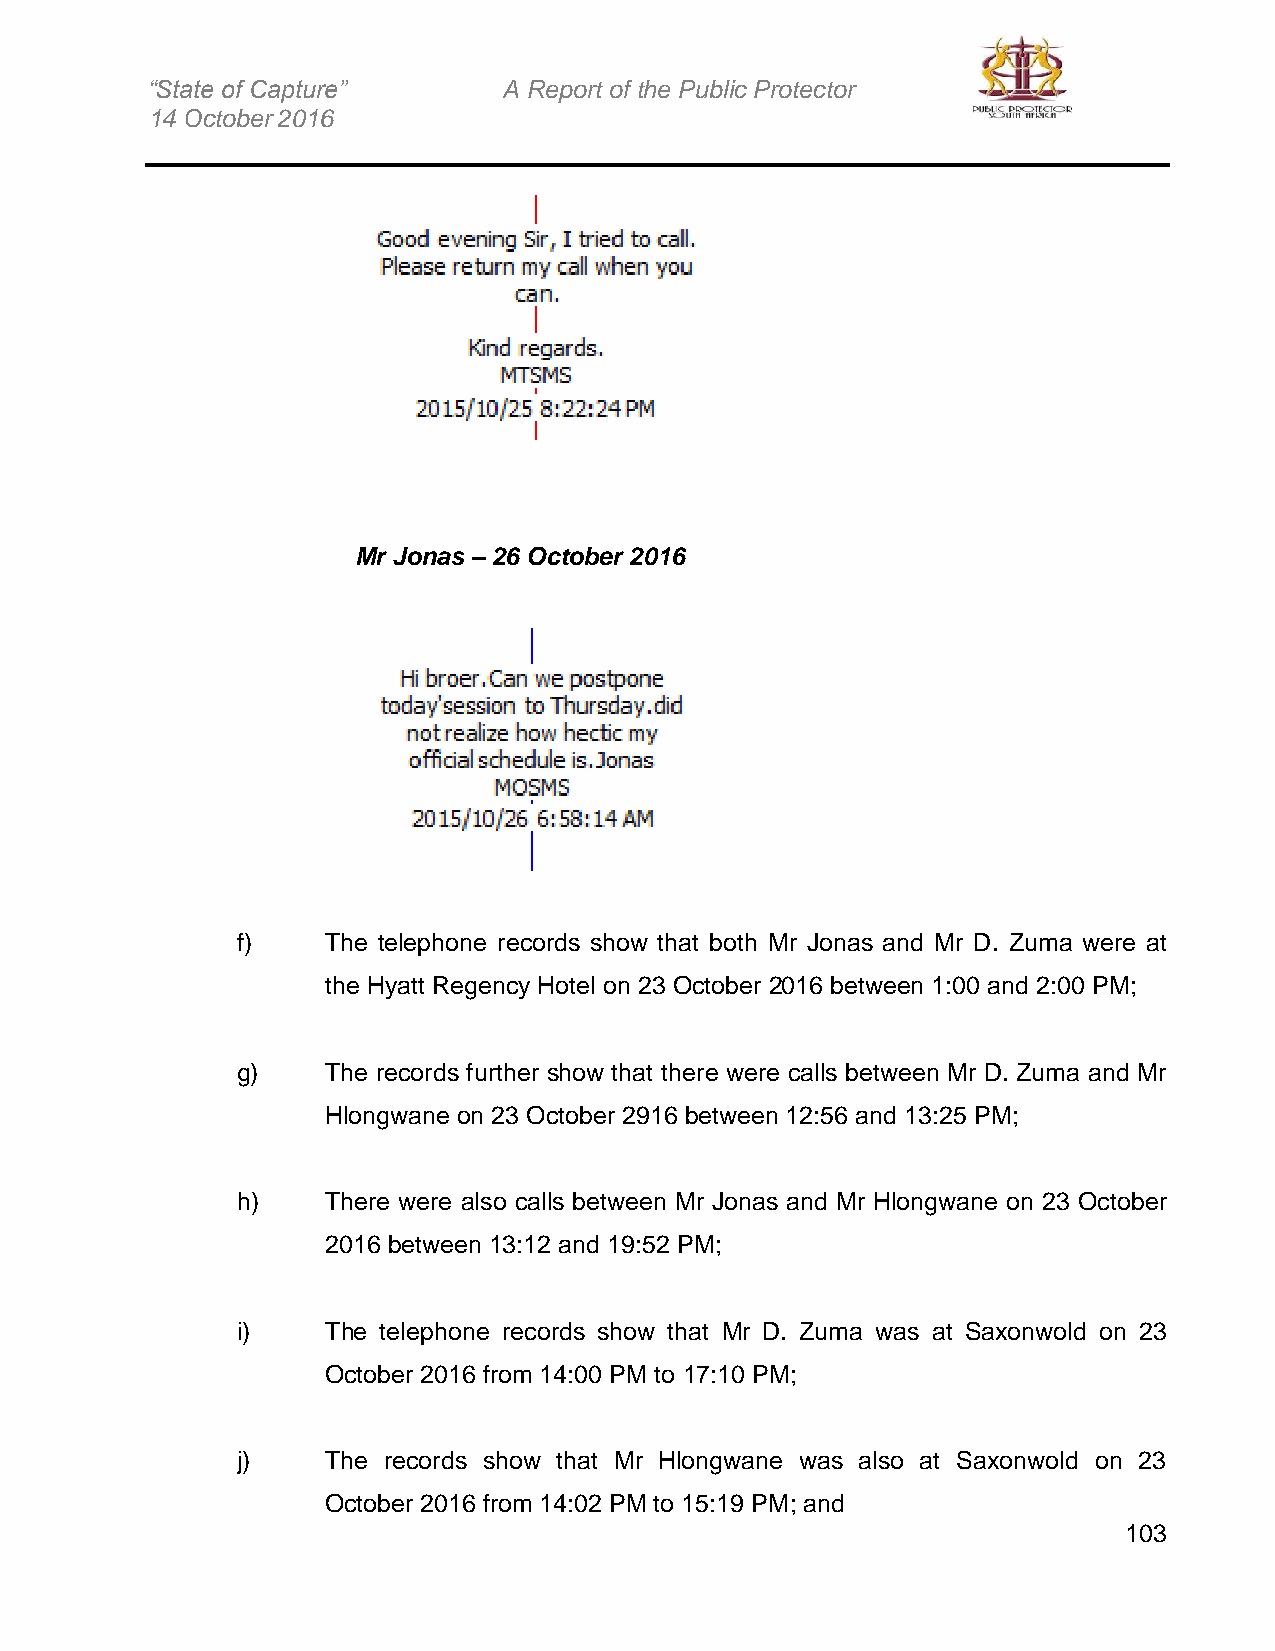
“State of Capture”     A Report of the Public Protector
 14 October 2016
 Mr Jonas – 26 October 2016
 f)    The telephone records show that both Mr Jonas and Mr D. Zuma were at
 the Hyatt Regency Hotel on 23 October 2016 between 1:00 and 2:00 PM;
 g)    The records further show that there were calls between Mr D. Zuma and Mr
 Hlongwane on 23 October 2916 between 12:56 and 13:25 PM;
 h)    There were also calls between Mr Jonas and Mr Hlongwane on 23 October
 2016 between 13:12 and 19:52 PM;
 i)    The telephone records show that Mr D. Zuma was at Saxonwold on 23
 October 2016 from 14:00 PM to 17:10 PM;
 j)    The records show that Mr Hlongwane was also at Saxonwold on 23
 October 2016 from 14:02 PM to 15:19 PM; and
 103